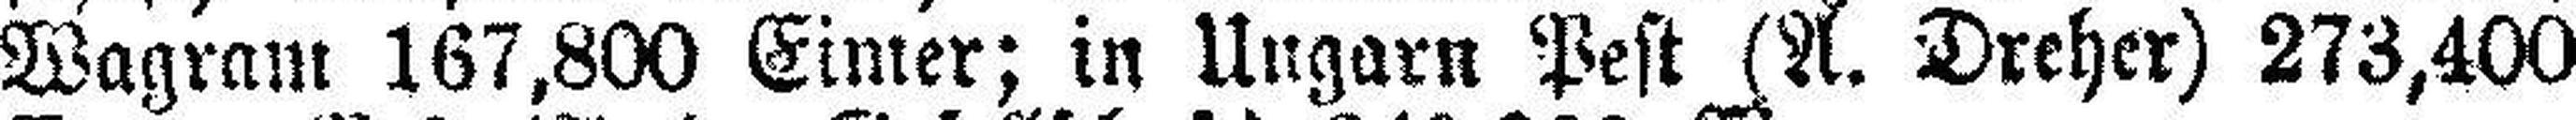
Wagram 167,800 Eimer; in Ungarn Pest (A. Dreher) 273,400